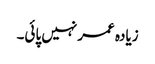
زیادہ عمر نہیں پائی۔